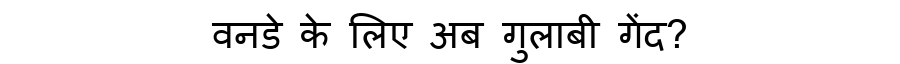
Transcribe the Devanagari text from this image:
वनडे के लिए अब गुलाबी गेंद?